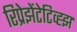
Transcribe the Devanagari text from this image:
रिप्रेझेंटेटिव्ह्झ